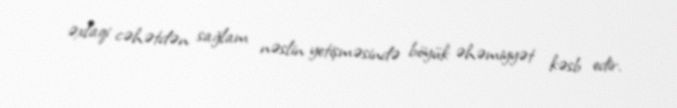
əxlaqi cəhətdən sağlam nəslin yetişməsində böyük əhəmiyyət kəsb edir.